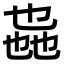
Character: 𫡩